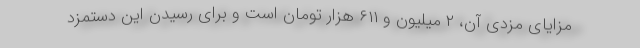
مزایای مزدی آن، ۲ میلیون و ۶۱۱ هزار تومان است و برای رسیدن این دستمزد